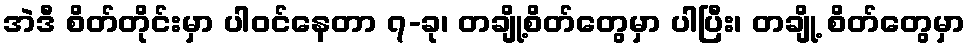
အဲဒီ စိတ်တိုင်းမှာ ပါဝင်နေတာ ၇-ခု၊ တချို့စိတ်တွေမှာ ပါပြီး၊ တချို့ စိတ်တွေမှာ